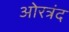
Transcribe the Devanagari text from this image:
ओरत्रंद